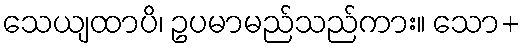
သေယျထာပိ၊ ဥပမာမည်သည်ကား။ သော+